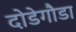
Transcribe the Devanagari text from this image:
दोडेगौडा